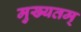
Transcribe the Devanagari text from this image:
मुख्यतम्